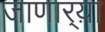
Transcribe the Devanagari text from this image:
जाणार्‍य़ा